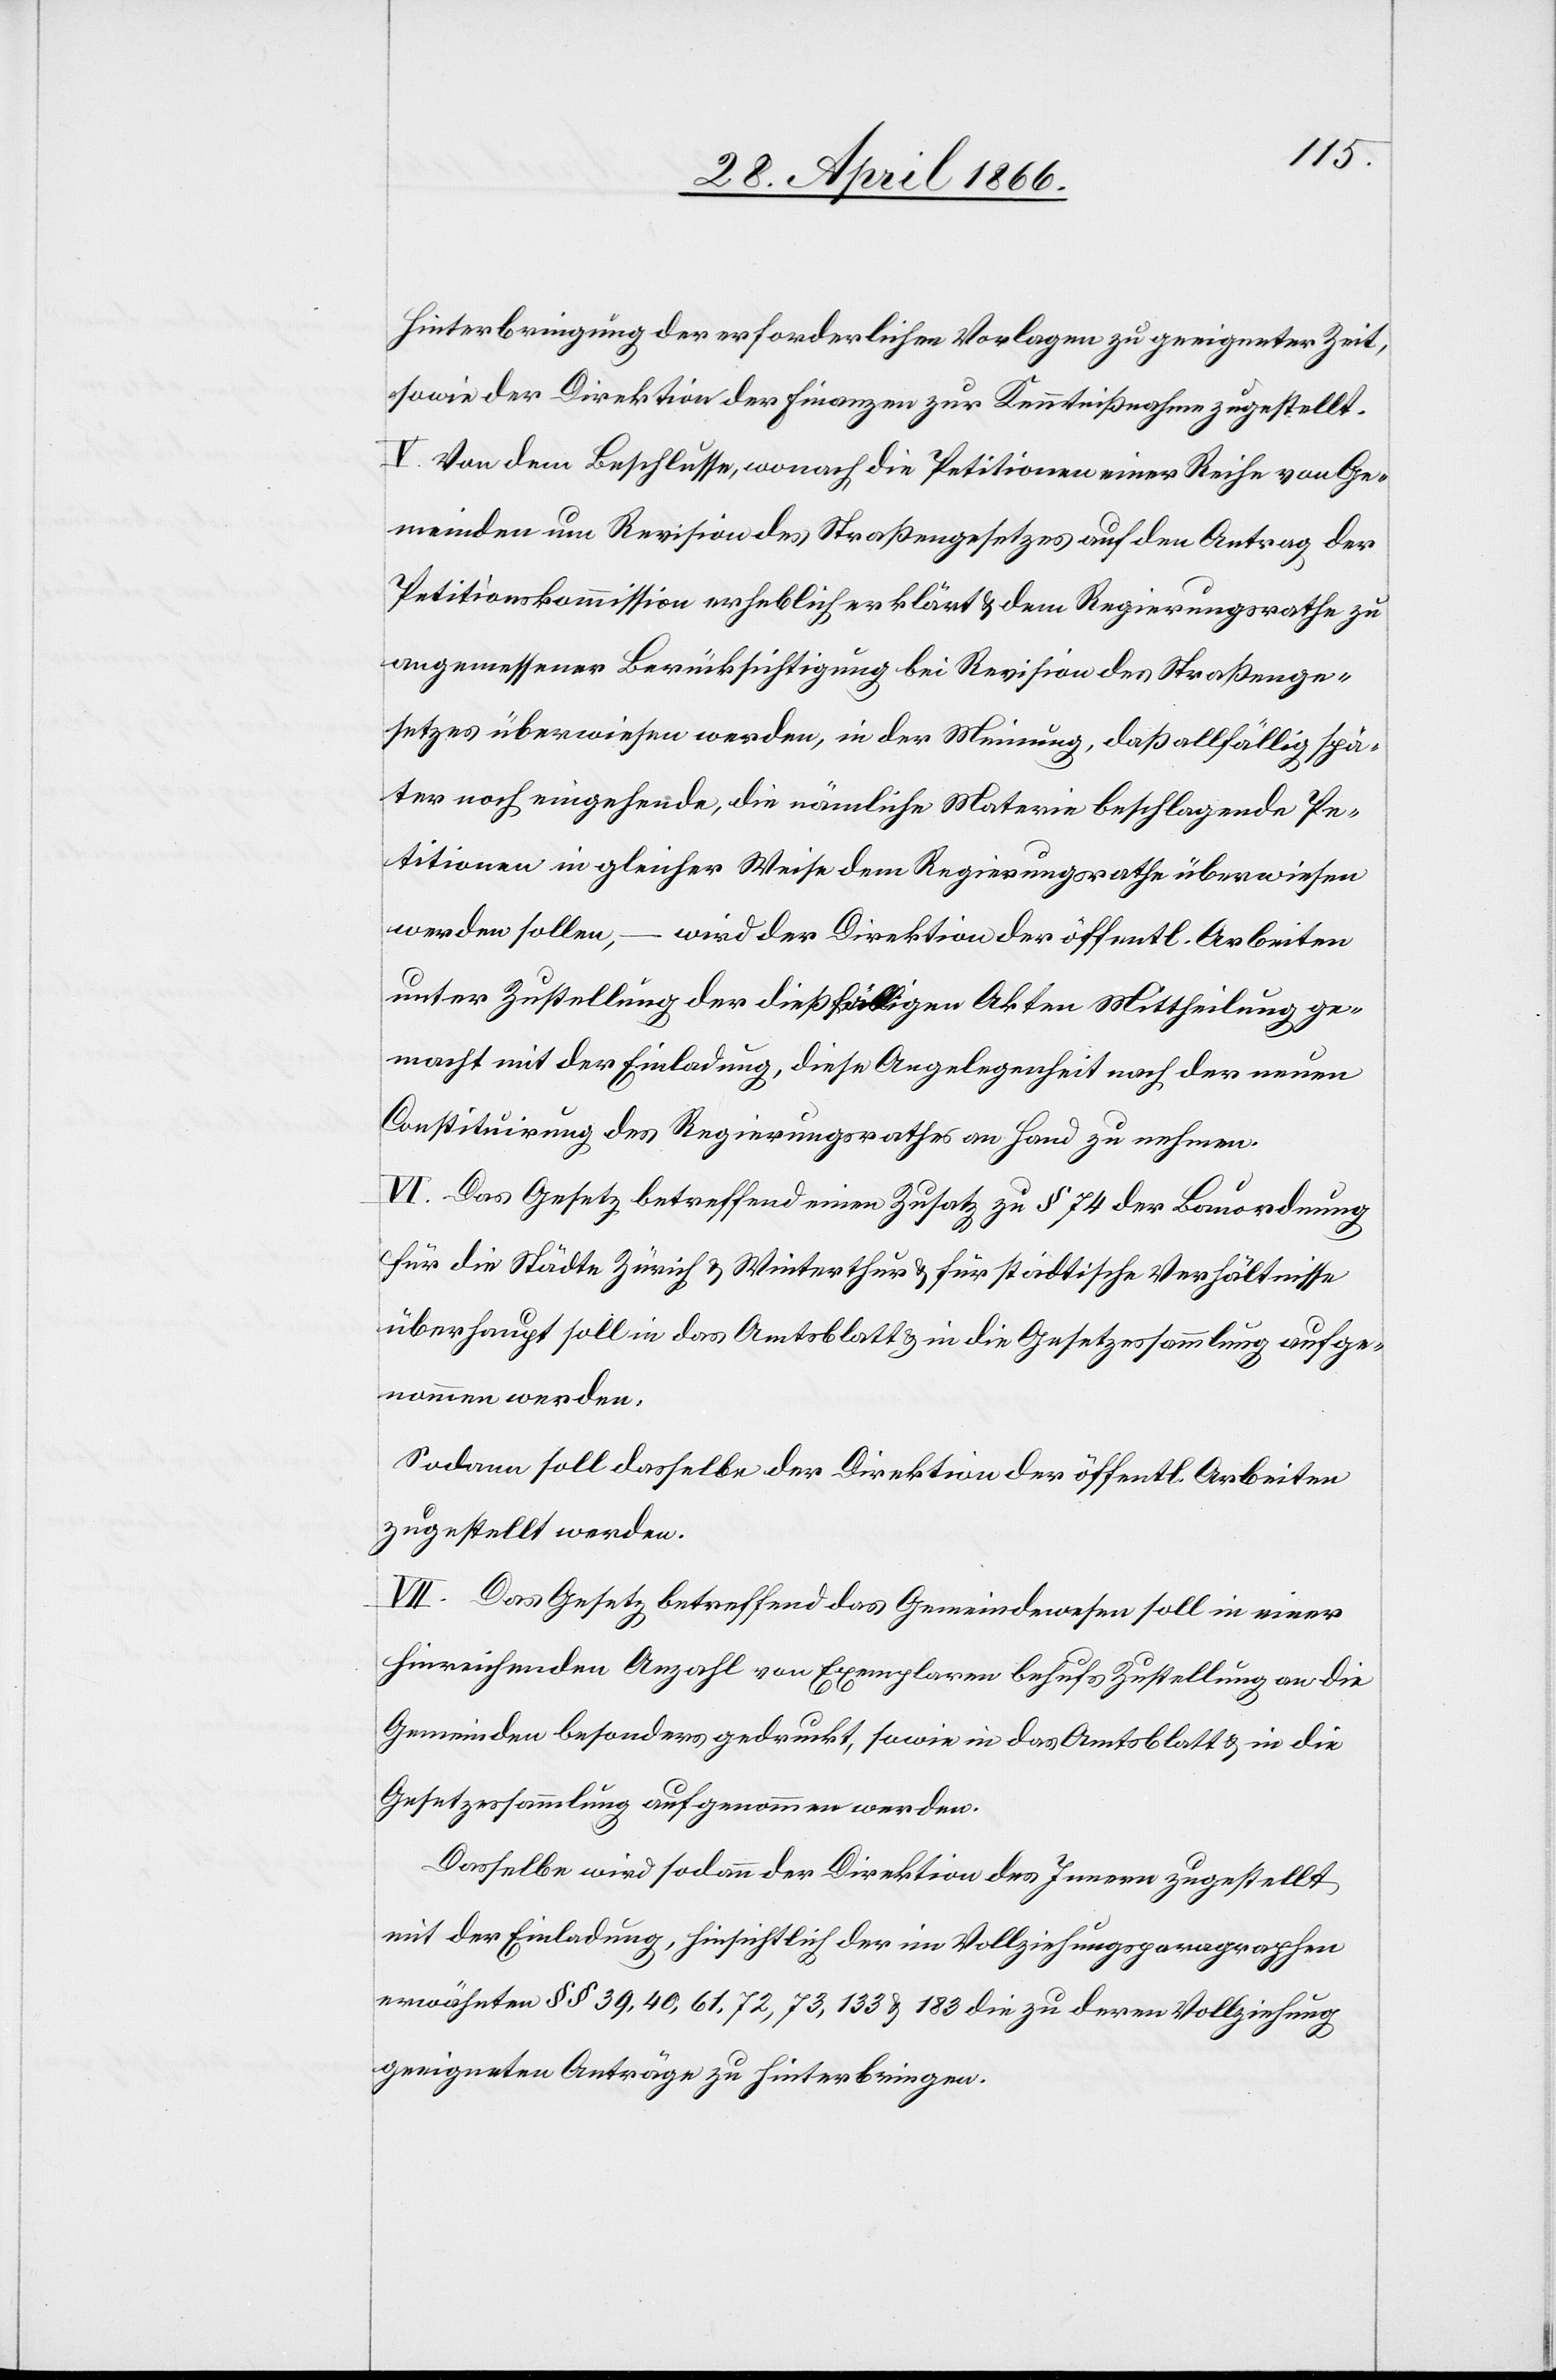
Hinterbringung der erforderlichen Vorlagen zu geeigneter Zeit,
sowie der Direktion der Finanzen zur Kenntnisnahme zugestellt.
V. Von dem Beschlusse, wonach die Petitionen einer Reihe von Ge¬
meinden um Revision des Straßengesetzes auf den Antrag der
Petitionskommission erheblich erklärt u. dem Regierungsrathe zu
angemessener Berücksichtigung bei Revision des Straßenge¬
setzes überwiesen werden, in der Meinung, das allfällig spä¬
ter noch eingehende, die nämliche Materie beschlagende Pe¬
titionen in gleicher Weise dem Regierungsrathe überwiesen
werden sollen,
wird der Direktion der öffentl. Arbeiten
unter Zustellung der dießfälligen Akten Mittheilung ge¬
macht mit der Einladung, diese Angelegenheit nach der neuen
Constituirung des Regierungsrathes an Hand zu nehmen.
VI. Das Gesetz betreffend einen Zusatz zu § 74 der Bauordnung
für die Städte Zürich u. Winterthur u. für städtische Verhältnisse
überhaupt soll in das Amtsblatt u. in die Gesetzessammlung aufge¬
nommen werden.
Sodann soll dasselbe der Direktion der öffentl. Arbeiten
zugestellt werden.
VII. Das Gesetz betreffend das Gemeindewesen soll in einer
hinreichenden Anzahl von Exemplaren behufs Zustellung an die
Gemeinden besonders gedruckt, sowie in das Amtsblatt u. in die
Gesetzessammlung aufgenommen werden.
Dasselbe wird sodann der Direktion des Innern zugestellt
mit der Einladung, hinsichtlich der im Vollziehungsparagraphen
erwähnten §§ 39, 40, 61, 72, 73, 133 u. 183 die zu deren Vollziehung
geeigneten Anträge zu hinterbringen.